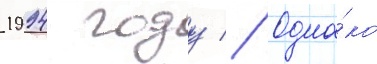
1994 году // Одна́ко